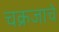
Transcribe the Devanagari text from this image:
चक्रजाचे